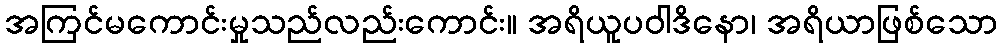
အကြင်မကောင်းမှုသည်လည်းကောင်း။ အရိယူပဝါဒိနော၊ အရိယာဖြစ်သော